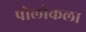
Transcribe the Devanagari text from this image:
पोलोकला